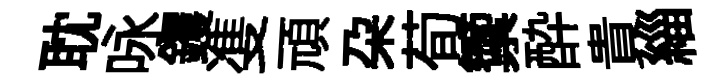
耽咏钁㕠頑朶荀籞酔貴緇